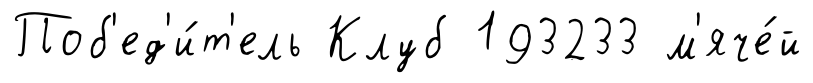
Поб'ед'и́т'ель Клуб 193233 м'яче́й